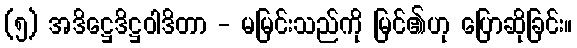
(၅) အဒိဋ္ဌေဒိဋ္ဌဝါဒိတာ - မမြင်းသည်ကို မြင်၏ဟု ပြောဆိုခြင်း။